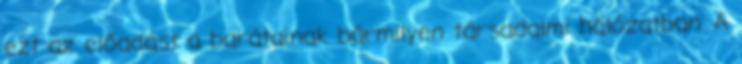
ezt az előadást a barátainak bármilyen társadalmi hálózatban. A